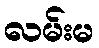
လမ်းမ